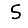
Digit: 5